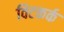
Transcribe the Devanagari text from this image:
विटकर्क